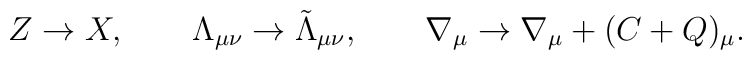
Z \rightarrow X, \qquad \Lambda_{\mu\nu} \rightarrow \tilde{\Lambda}_{\mu\nu},\qquad \nabla_{\mu} \rightarrow \nabla_{\mu} + (C + Q)_{\mu}.